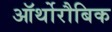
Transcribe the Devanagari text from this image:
ऑर्थोरौबिक